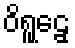
ဝိရူဠှေ